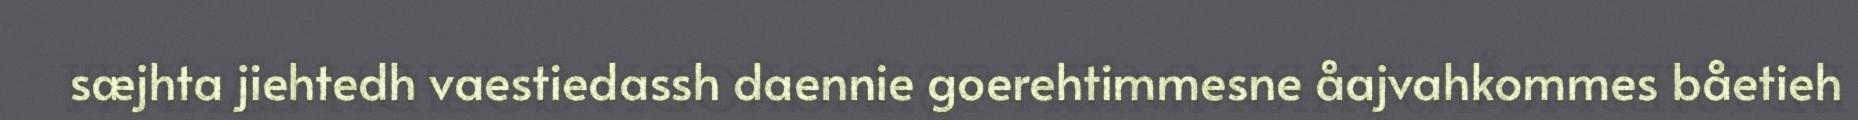
sæjhta jiehtedh vaestiedassh daennie goerehtimmesne åajvahkommes båetieh